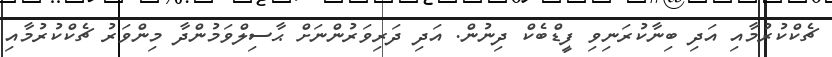
ޗެކްކުރުމާއި އަދި ބިނާކުރަނިވި ފީޑްބެކް ދިނުން. އަދި ދަރިވަރުންނަށް ޙާސިލްވަމުންދާ މިންވަރު ޗެކްކުރުމާއި